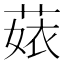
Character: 𦴣